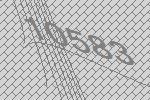
10583